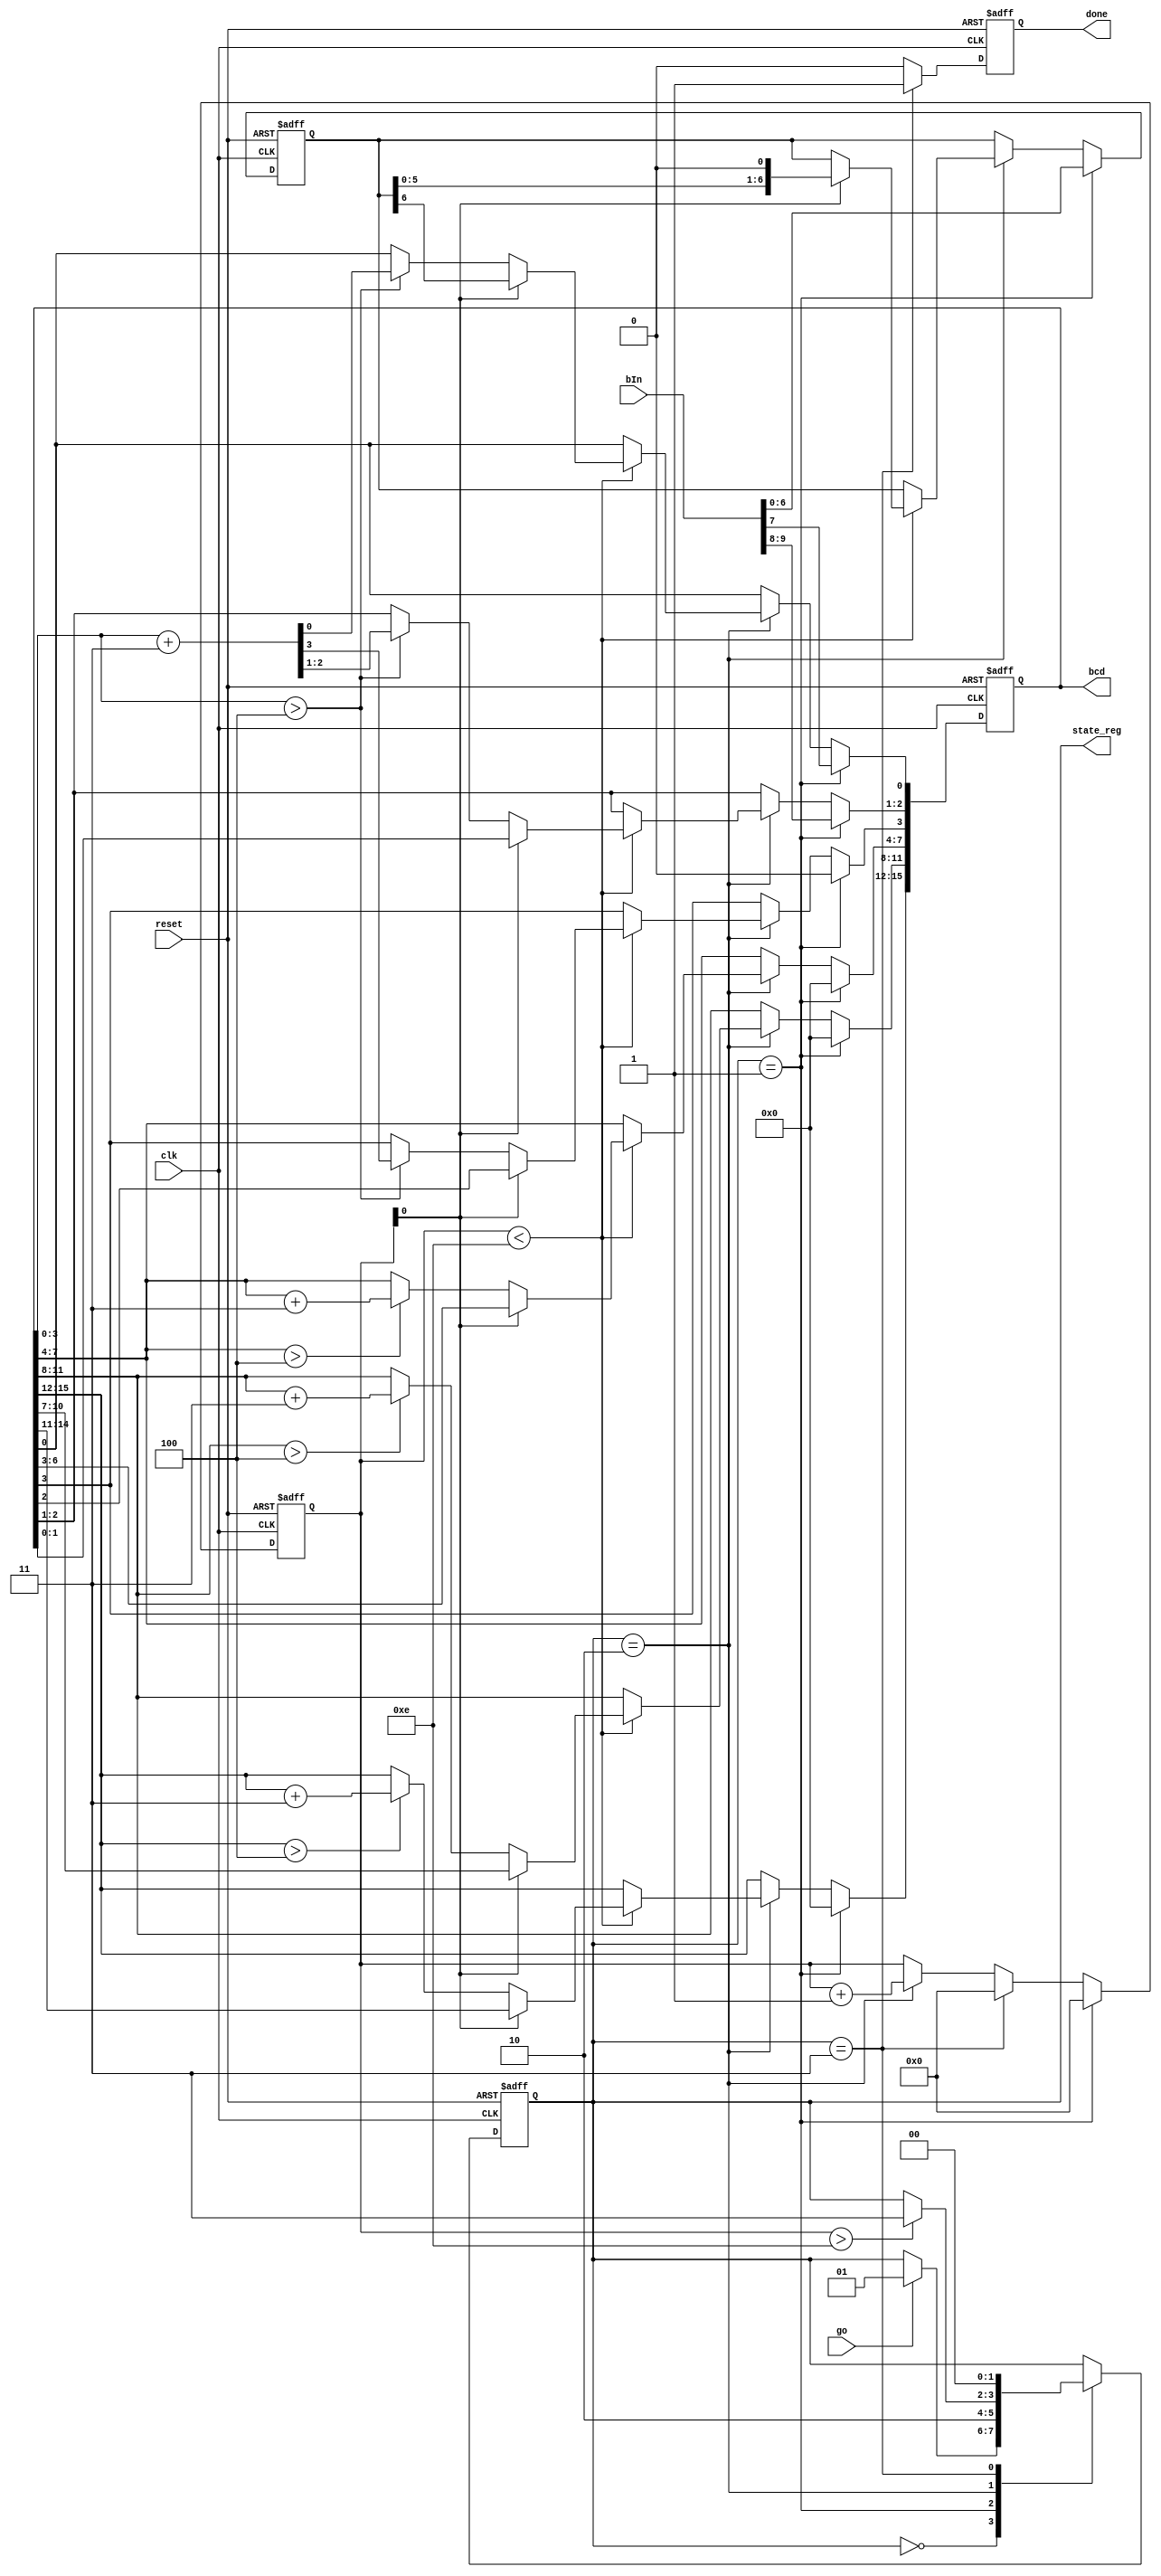
module bin2bcd	(
	clk,
	reset,
	go, 					// starts calc
	bIn,			// binary input
	//BinTmp,
	bcd,	// bcd {...,thousands,hundreds,tens,ones}
	state_reg,
	done);
	
	parameter bW = 10;
	parameter dW=bW*28/93+1;
	
	input clk;
	input reset;
	input go;
	input[bW-1:0] bIn;
	//output reg [bW-4:0] BinTmp;
	output reg [dW*4-1:0] bcd;
	output reg done;
	
	//State Machine parameters
	parameter [1:0] idle=2'b00;
	parameter [1:0] init=2'b01;
	parameter [1:0] calc=2'b10;
	parameter [1:0] finish=2'b11;
	
	reg [bW-4:0] BinTmp;	//Temp reg for playing with
	reg [7:0] count;			//counter
	output reg [1:0] state_reg;	//Current state
	
	initial
		state_reg<=idle;
	
	integer i;
	
	//State Machine
	always @(posedge clk or posedge reset)
		begin
			if (reset)
				state_reg<=init;
//			else if (go)
//				state_reg<=init;
			else
				case (state_reg)
					idle:
						if(go)
							state_reg<=init;
					init:
						state_reg<=calc;
					calc:
						if (count>7*2) state_reg<=finish;
					finish:
						state_reg<=idle;
					default:
						state_reg<=idle;
				endcase
		end
	//counter
	always @ (posedge clk or posedge reset)
		begin
			if (reset)
				count <= 8'd0;
			else if (state_reg==init)
				count <= 8'd0;
			else if (state_reg==finish)
				count <= 8'd0;
			else if (state_reg==calc)
				count<=count+1;
		end
	
	// done register
	always @ (posedge clk or posedge reset)
		begin
			if(reset)
				done<=1'b0;
			else if (state_reg==finish)
				done<=1'b1;
			else 
				done<=1'b0;
		end
		
	//double dabble;
	always @ (posedge clk or posedge reset)
		begin
			if(reset)
				begin
					BinTmp<=10'd0;
					bcd<=24'd0;
				end
//			else if(state_reg==idle)
//				begin
//					BinTmp<=10'd0;
//					bcd<=24'd0;
//				end
			else if(state_reg==init)
				begin
					BinTmp<=bIn[6:0];
					bcd[15:3]<=13'd0;
					bcd[2:0]<=bIn[9:7];
				end
			else if(state_reg==calc)
				if(count<7*2) 
				begin
					if(count[0]==1'b0)
						begin
							for(i=0; i<dW; i=i+1)
								begin
									if(bcd[3+4*i -: 4] > 4) 
										bcd[3+4*i -: 4] <= bcd[3+4*i -: 4] + 4'd3;
								end
						end
					else 
						begin
							bcd <= bcd << 1;
							bcd[0] <= BinTmp[6];
							BinTmp <= BinTmp << 1;
						end
				end
		end
endmodule